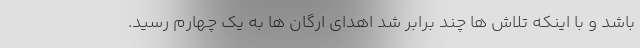
باشد و با اینکه تلاش ها چند برابر شد اهدای ارگان ها به یک چهارم رسید.